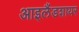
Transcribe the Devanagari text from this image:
आइलैंडशायर